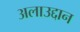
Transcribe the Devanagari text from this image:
अलाउद्दान